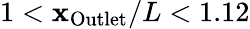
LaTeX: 1<\mathbf{x}_{\mathrm{{Outlet}}}/L<1.12